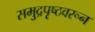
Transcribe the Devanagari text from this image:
समुद्रपृष्ठवरून